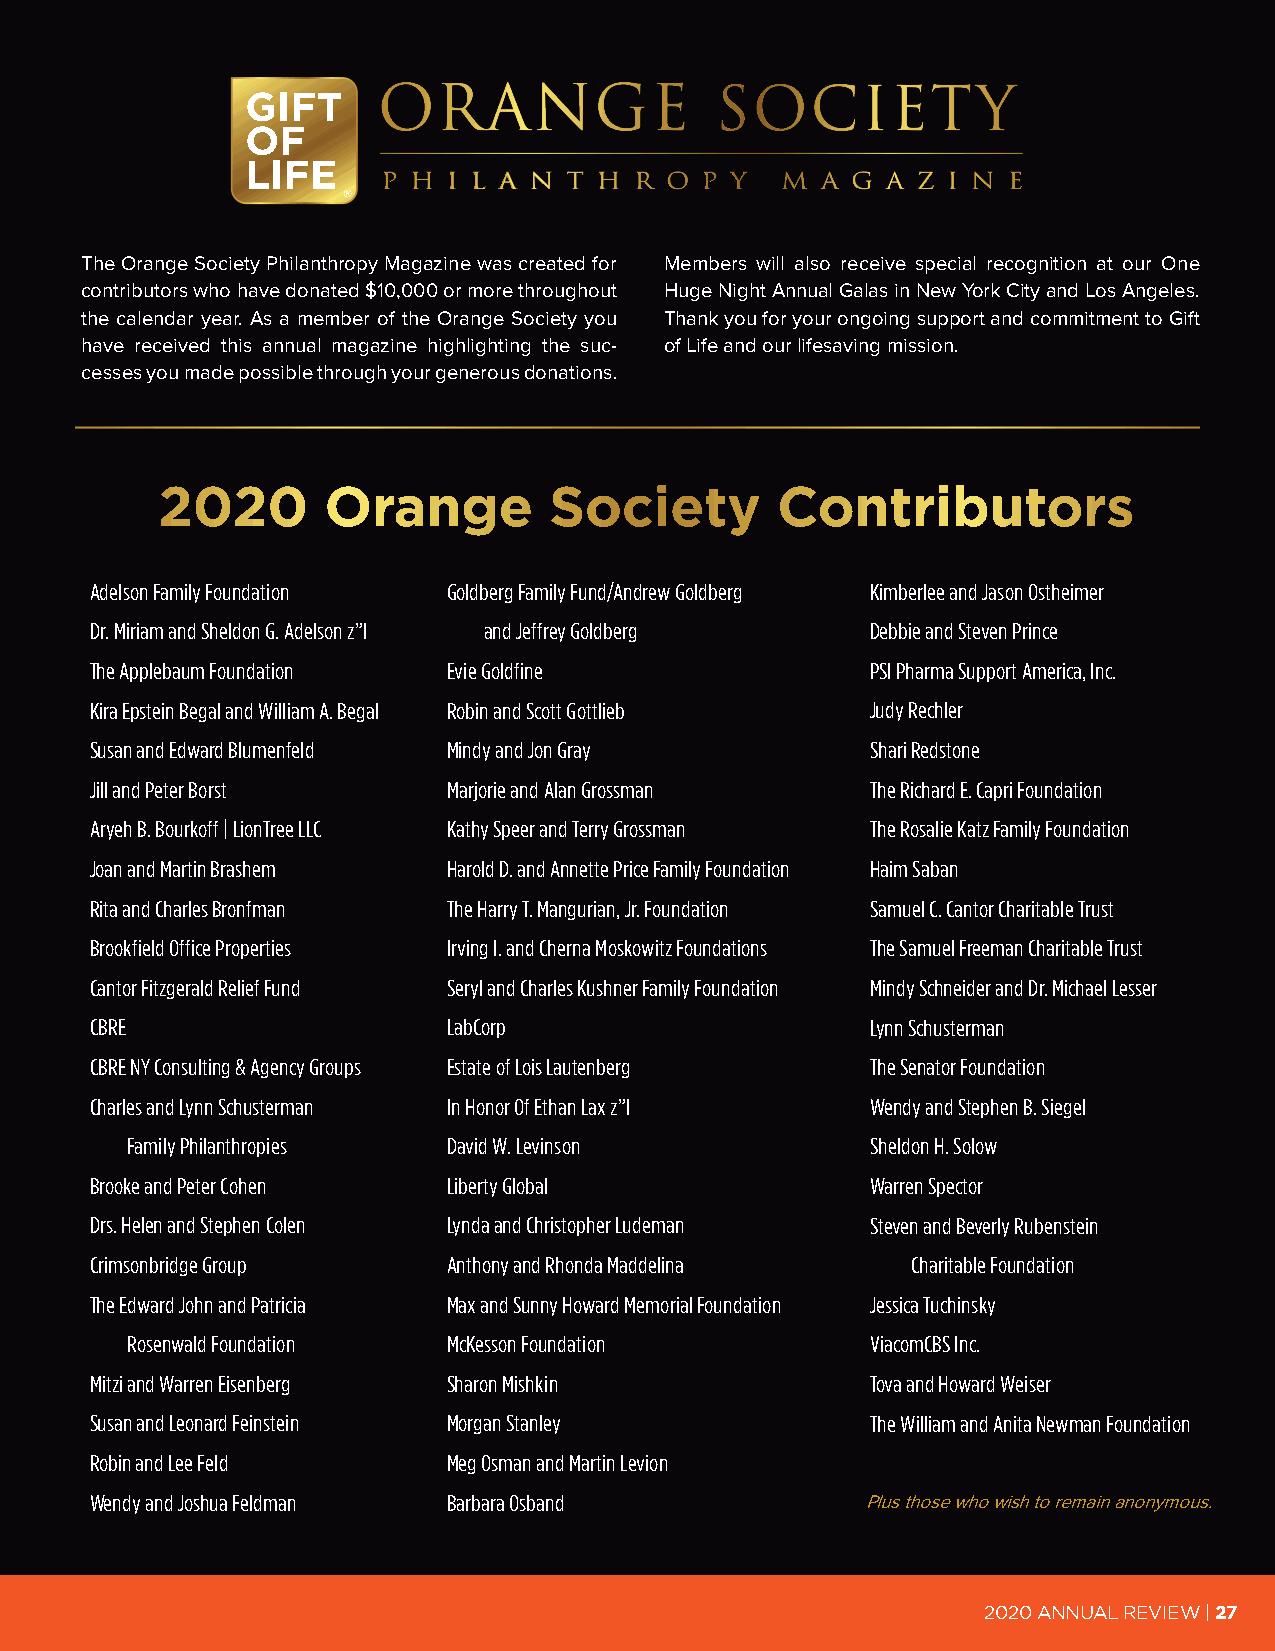
ORANGE                SOCIETY
 P H  I L A N T H R O P Y   M A G  A Z I N E
 The Orange Society Philanthropy Magazine was created for Members will also receive special recognition at our One
 contributors who have donated $10,000 or more throughout Huge Night Annual Galas in New York City and Los Angeles.
 the calendar year. As a member of the Orange Society you Thank you for your ongoing support and commitment to Gift
 have received this annual magazine highlighting the suc- of Life and our lifesaving mission.
 cesses you made possible through your generous donations.
 2020       Orange         Society        Contributors
 Adelson Family Foundation Goldberg Family Fund/Andrew Goldberg Kimberlee and Jason Ostheimer
 Dr. Miriam and Sheldon G. Adelson z”l and Jeffrey Goldberg Debbie and Steven Prince
 The Applebaum Foundation Evie Goldfine              PSI Pharma Support America, Inc.
 Kira Epstein Begal and William A. Begal Robin and Scott Gottlieb Judy Rechler
 Susan and Edward Blumenfeld Mindy and Jon Gray      Shari Redstone
 Jill and Peter Borst    Marjorie and Alan Grossman  The Richard E. Capri Foundation
 Aryeh B. Bourkoff | LionTree LLC Kathy Speer and Terry Grossman The Rosalie Katz Family Foundation
 Joan and Martin Brashem Harold D. and Annette Price Family Foundation Haim Saban
 Rita and Charles Bronfman The Harry T. Mangurian, Jr. Foundation Samuel C. Cantor Charitable Trust
 Brookfield Office Properties Irving I. and Cherna Moskowitz Foundations The Samuel Freeman Charitable Trust
 Cantor Fitzgerald Relief Fund Seryl and Charles Kushner Family Foundation Mindy Schneider and Dr. Michael Lesser
 CBRE                    LabCorp                     Lynn Schusterman
 CBRE NY Consulting & Agency Groups Estate of Lois Lautenberg The Senator Foundation
 Charles and Lynn Schusterman In Honor Of Ethan Lax z”l Wendy and Stephen B. Siegel
 Family Philanthropies David W. Levinson           Sheldon H. Solow
 Brooke and Peter Cohen  Liberty Global              Warren Spector
 Drs. Helen and Stephen Colen Lynda and Christopher Ludeman Steven and Beverly Rubenstein
 Crimsonbridge Group     Anthony and Rhonda Maddelina  Charitable Foundation
 The Edward John and Patricia Max and Sunny Howard Memorial Foundation Jessica Tuchinsky
 Rosenwald Foundation  McKesson Foundation         ViacomCBS Inc.
 Mitzi and Warren Eisenberg Sharon Mishkin           Tova and Howard Weiser
 Susan and Leonard Feinstein Morgan Stanley          The William and Anita Newman Foundation
 Robin and Lee Feld      Meg Osman and Martin Levion
 Wendy and Joshua Feldman Barbara Osband            Plus those who wish to remain anonymous.
 2020 ANNUAL REVIEW | 27